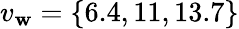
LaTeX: v_{\mathbf{w}}=\{ 6.4,11,13.7\}